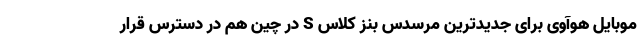
موبایل هوآوی برای جدیدترین مرسدس بنز کلاس S در چین هم در دسترس قرار